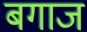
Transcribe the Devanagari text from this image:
बगाज